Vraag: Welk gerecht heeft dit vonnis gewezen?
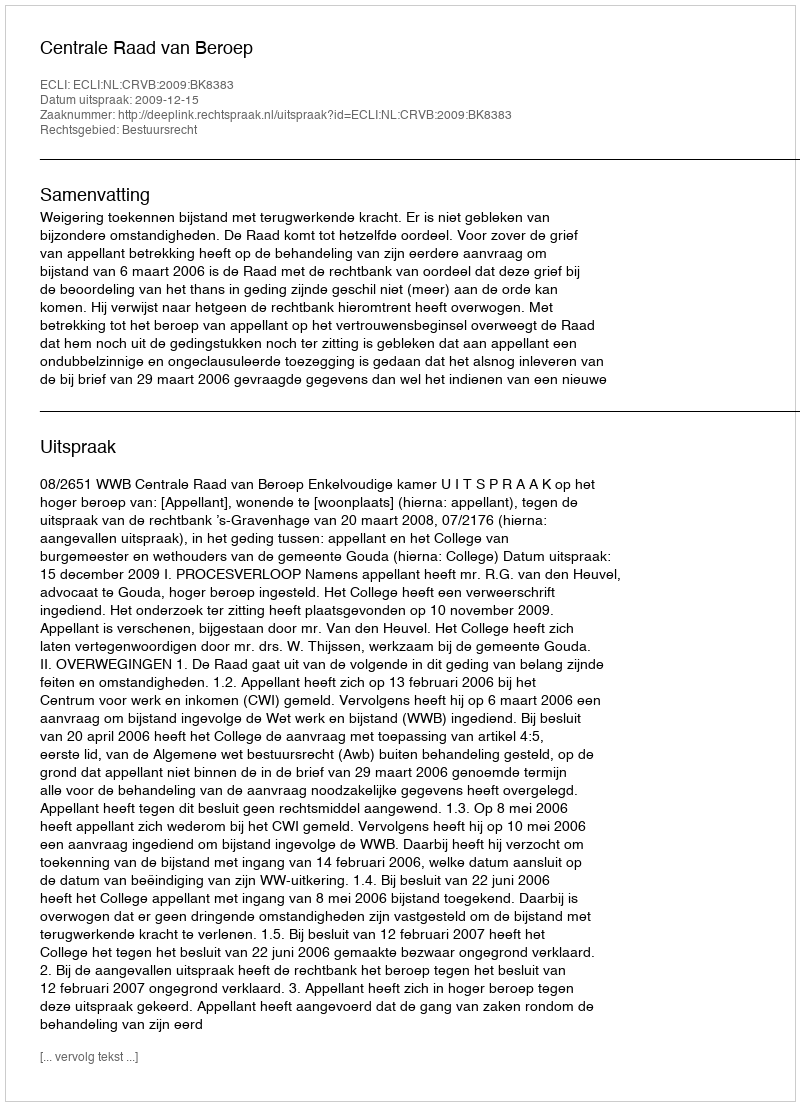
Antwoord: Centrale Raad van Beroep